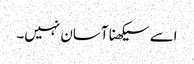
اسے سیکھنا آسان نہیں۔